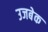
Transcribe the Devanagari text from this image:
उजबेक